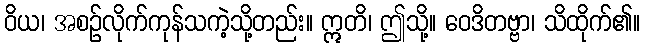
ဝိယ၊ အစဉ်လိုက်ကုန်သကဲ့သို့တည်း။ ဣတိ၊ ဤသို့။ ဝေဒိတဗ္ဗာ၊ သိထိုက်၏။